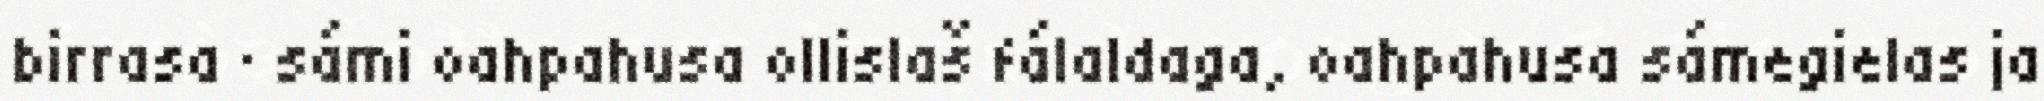
birrasa · sámi oahpahusa ollislaš fálaldaga, oahpahusa sámegielas ja